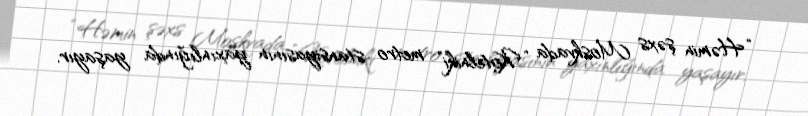
“Həmin şəxs Moskvada “Kotelniki” metro stansiyasının yaxınlığında yaşayır.